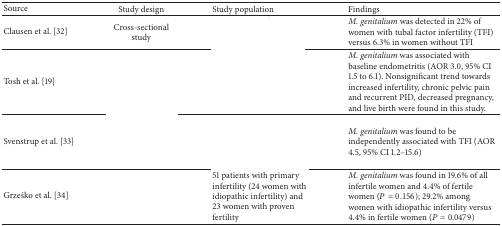
<table><thead><tr><td><b>Source</b></td><td><b>Study design</b></td><td><b>Study population </b></td><td><b>Findings </b></td></tr></thead><tbody><tr><td>Clausen et al. [32]</td><td>Cross-sectional study </td><td>[EMPTY_CELL]</td><td><i>M. genitalium</i> was detected in 22% of women with tubal factor infertility (TFI) versus 6.3% in women without TFI</td></tr><tr><td> Tosh et al. [19]</td><td>[EMPTY_CELL]</td><td>[EMPTY_CELL]</td><td><i>M. genitalium</i> was associated with baseline endometritis (AOR 3.0, 95% CI 1.5 to 6.1). Nonsignificant trend towards increased infertility, chronic pelvic pain and recurrent PID, decreased pregnancy, and live birth were found in this study.</td></tr><tr><td>Svenstrup et al. [33]</td><td>[EMPTY_CELL]</td><td>[EMPTY_CELL]</td><td><i>M. genitalium</i> was found to be independently associated with TFI (AOR 4.5, 95% CI 1.2–15.6)</td></tr><tr><td>Grześko et al. [34]</td><td>[EMPTY_CELL]</td><td>51 patients with primary infertility (24 women with idiopathic infertility) and 23 women with proven fertility</td><td><i>M. genitalium</i> was found in 19.6% of all infertile women and 4.4% of fertile women (<i>P</i> = 0.156); 29.2% among women with idiopathic infertility versus 4.4% in fertile women (<i>P</i> = 0.0479) </td></tr></tbody></table>